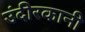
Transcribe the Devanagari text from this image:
उंदीरकानी